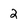
Character: 2